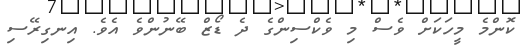
ކޮންމެ މީހަކަށް ވެސް މި ވެކްސިންގެ ދެ ޑޯޒް ބޭނުންވެ އެވެ. އިނގިރޭސި